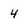
Character: 4